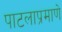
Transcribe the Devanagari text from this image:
पाटलाप्रमाणे